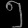
Digit: ၅